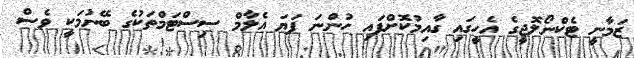
ޒަމާނީ ޓެކްނޯލޮޖީގެ އެހީގައި ގާއިމުކޮށްފައި ހުންނަ ފަޔަ އެލާމް ސިސްޓަމްތަކުގެ ބޭނުމަކީ ވެސް